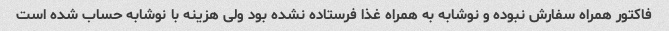
فاکتور همراه سفارش نبوده و نوشابه به همراه غذا فرستاده نشده بود ولی هزینه با نوشابه حساب شده است